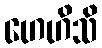
ဟေဟိသိ